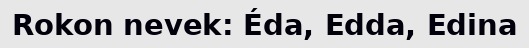
Rokon nevek: Éda, Edda, Edina